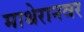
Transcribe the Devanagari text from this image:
माथेरानवर